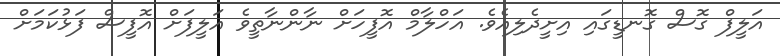
އަލީފް ގޮސް ގޮނޑީގައި އިށީދެލިއެވެ. އަހްލާމް އޮފީހަށް ނާންނާތީވެ އަލީފަށް އޮފީސް ފަޅުކަމަށް